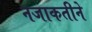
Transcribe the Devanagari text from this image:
नजाकतीने